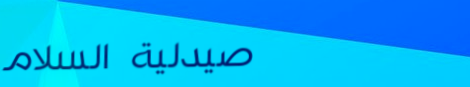
صيدلية السلام